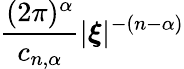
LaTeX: {\frac{(2\pi)^{\alpha}}{c_{n,\alpha}}}|{\boldsymbol{\xi}}|^{-(n-\alpha)}